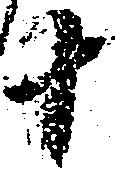
十